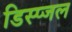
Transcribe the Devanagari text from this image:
डिस्प्जल